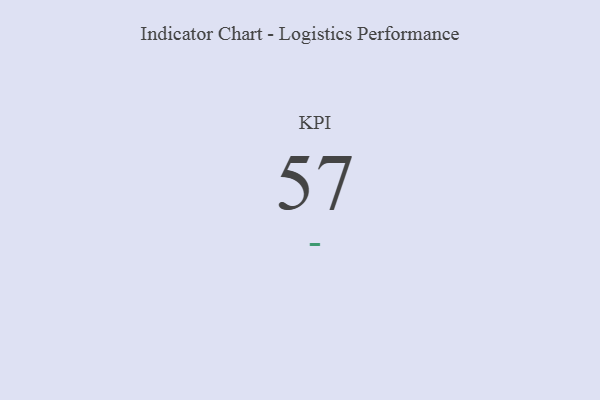
{"axis": {"x": "KPI", "y": "Value"}, "legend": [""], "data": [{"x": "KPI", "y": 57, "type": ""}]}